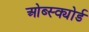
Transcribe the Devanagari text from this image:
ओब्स्क्योर्ड